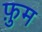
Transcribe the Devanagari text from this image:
फ़ुम